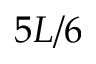
5 L / 6